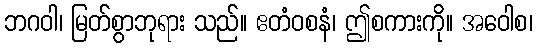
ဘဂဝါ၊ မြတ်စွာဘုရား သည်။ ဧတံဝစနံ၊ ဤစကားကို။ အဝေါစ၊